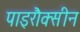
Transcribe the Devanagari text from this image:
पाइरौक्सीन